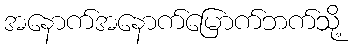
အနောက်အနောက်မြောက်ဘက်သို့